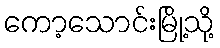
ကော့သောင်းမြို့သို့